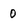
Character: 0